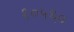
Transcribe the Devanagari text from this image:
१०५६०